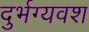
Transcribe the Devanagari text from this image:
दुर्भग्यवश